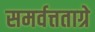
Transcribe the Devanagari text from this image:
समर्वत्तताग्रे